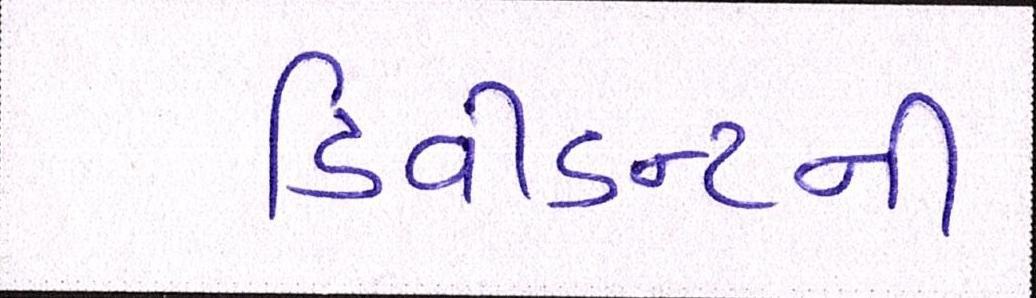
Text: ડિવીડન્ટની